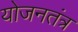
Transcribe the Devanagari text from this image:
योजनतंत्र